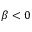
\beta < 0